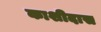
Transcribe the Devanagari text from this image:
काशीदास